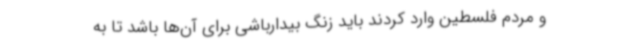
و مردم فلسطین وارد کردند باید زنگ بیدارباشی برای آن‌ها باشد تا به